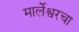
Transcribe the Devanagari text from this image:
मार्लेश्वरचा